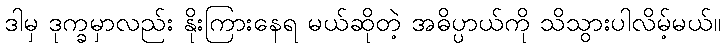
ဒါမှ ဒုက္ခမှာလည်း နိုးကြားနေရ မယ်ဆိုတဲ့ အဓိပ္ပာယ်ကို သိသွားပါလိမ့်မယ်။